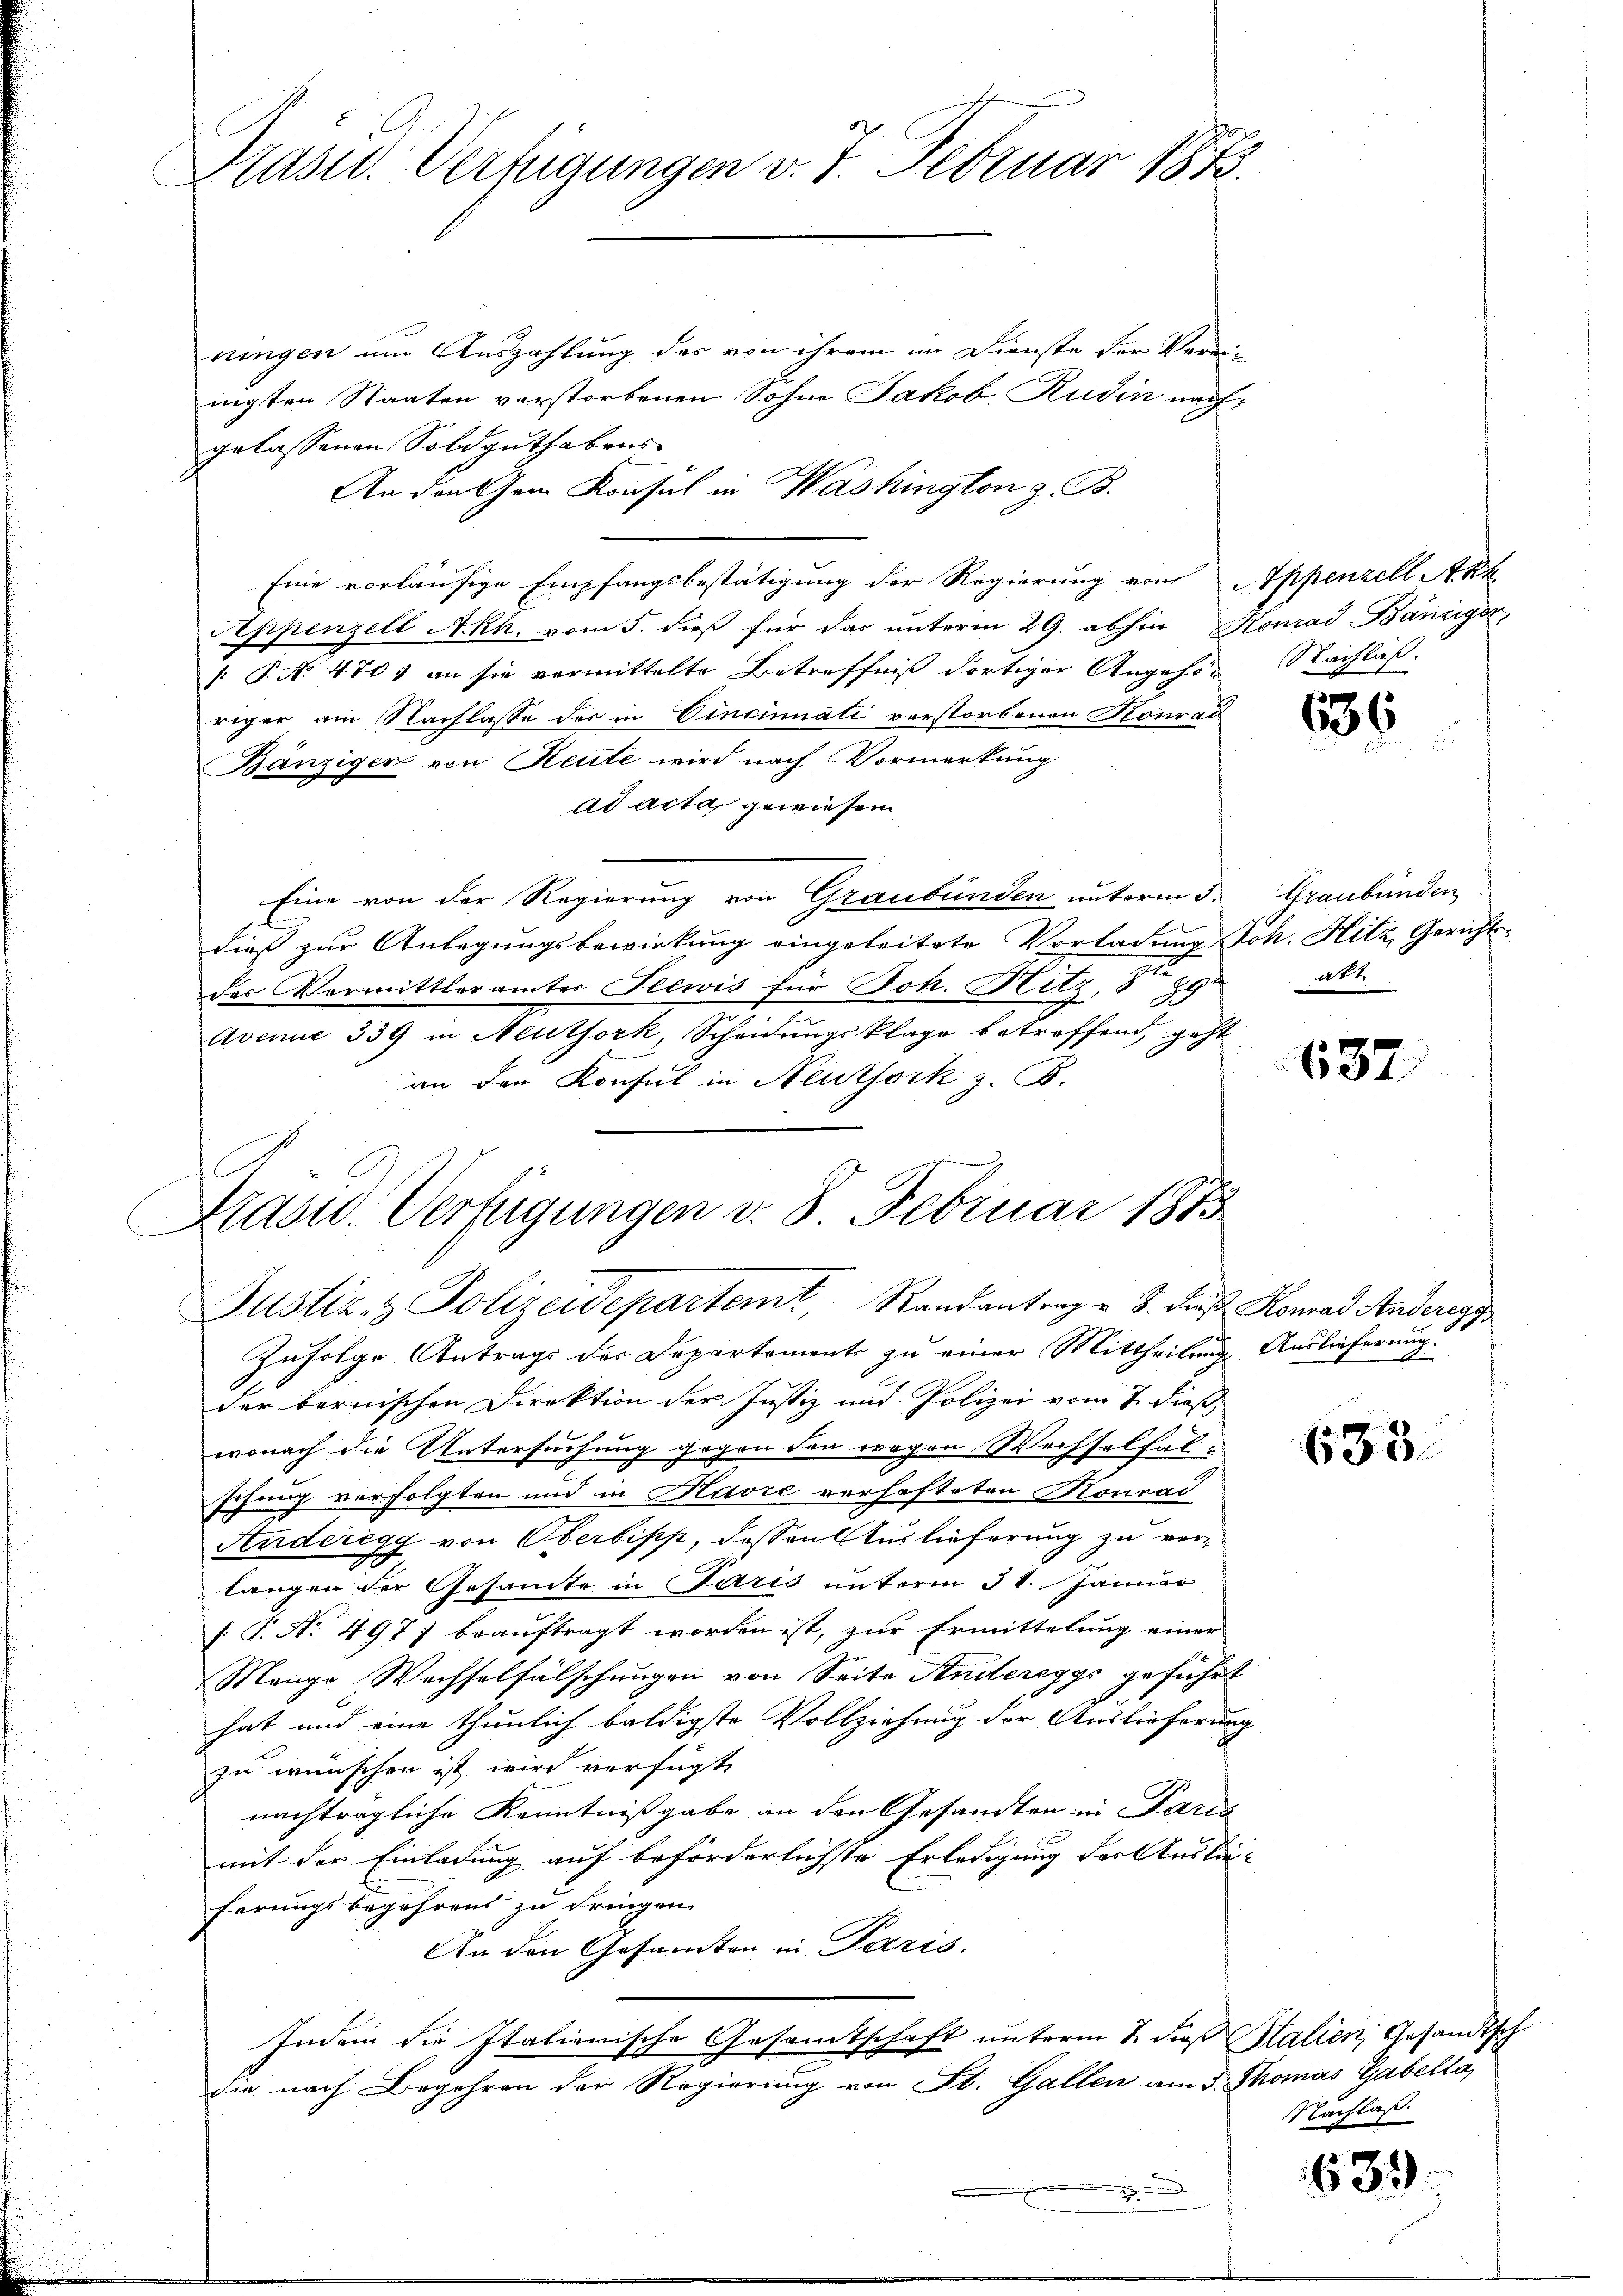
Präsid. Verfügungen v. 7. Februar 1873.

ningen um Auszahlung des von ihrem im Dienste der Verein
nigten Staaten verstorbenen Sohne Jakob, Rudin nachgelassenen Soldguthabens
An den dem Konsul in Washington z. B.
Eine vorläufige Empfangsbestätigung der Regierung von Appenzell Akk
Appenzell A.Rh. vom 5. dieß für das unterm 29. abhin Konrad Bäniger,
[ P. No. 470 & an sie vermittelte Betreffniß dortiger Angehöriger am Nachlasse der in Cincinnati verstorbenen Konrad
Bänziger von Heute wird nach Vormerkung
ad acta gewiesen
Eine von der Regierung von Graubünden unterm 3.
dieß zur Anlegungsbewirkung eingeleitete Vorladung Joh. Hitz, Gerichtsdes Vormittleramter Seewis für Joh. Hitz, S. 29ten
.
Avenue 339 in Meuthork, Scheidungsklage betreffend, geht
an den Konsul in Neuthork z. B.

Drasw. Verfügungen v. 8. Februar 1873.
Justiz- & Polizeidepartemt, Randantrag u. 3. Fr. Konrad Anderegg

Zufolge Antrags der Departemente zu einer Mittheilung Auslieferung.
der bernischen Direktion der Justiz und Polizei vom 7. dieß,
wonach die Untersuchung gegen den wegen Wechselfälschung verfolgten und in Havre verhafteten Konrad
Anderegg von Oberbiss, dessen Auslieferung zu verlangen der Gesamte in Paris unterm 31. Januar
[: P. Nr. 497) beauftragt worden ist, zur Ermittelung einer
Mange Wechselfälschungen von Seite Andereggs geführt
hat und eine thunlich baldigste Vollziehung der Auslieferung
zu wünschen ist wird verfügt:
nachträgliche Kenntnißgabe an den Gesandten in Paris
e
mit der Einladung auf beförderlichste Erledigung dort testa-
ferungsbegehrens zu dringen.
An den Gesamten in Paris.
Indem die Italionische Gesamtschaft unterm 2. dieß Stalien, Gesandtsch
die nach Begehren der Regierung von St. Gallen am 3. Thomas Gabella
d

Nachläß

636

Graubünden
att

687

635.

Nachlaß.

639